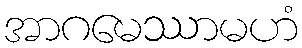
အာဂမေဿာမဟံ